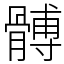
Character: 髆